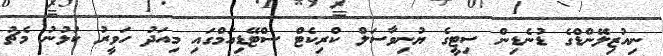
ނިއުޒިލޭންޑްގެ ޑުނެޑިން ސިޓީގެ ޔުނިވާސަލް ކްރިކެޓް ސްޓޭޑިއަމްގައި މިއަދު ހަވީރު ކުޅުނު މެޗު